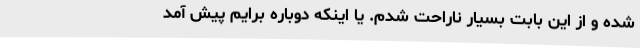
شده و از این بابت بسیار ناراحت شدم. یا اینکه دوباره برایم پیش آمد